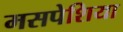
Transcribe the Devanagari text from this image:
मसपेशिया